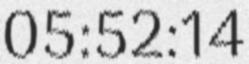
05:52:14